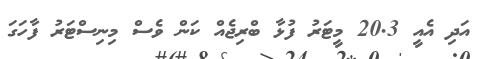
އަދި އެއީ 20.3 މީޓަރު ފުޅާ ބްރިޖެއް ކަން ވެސް މިނިސްޓަރު ފާހަގަ